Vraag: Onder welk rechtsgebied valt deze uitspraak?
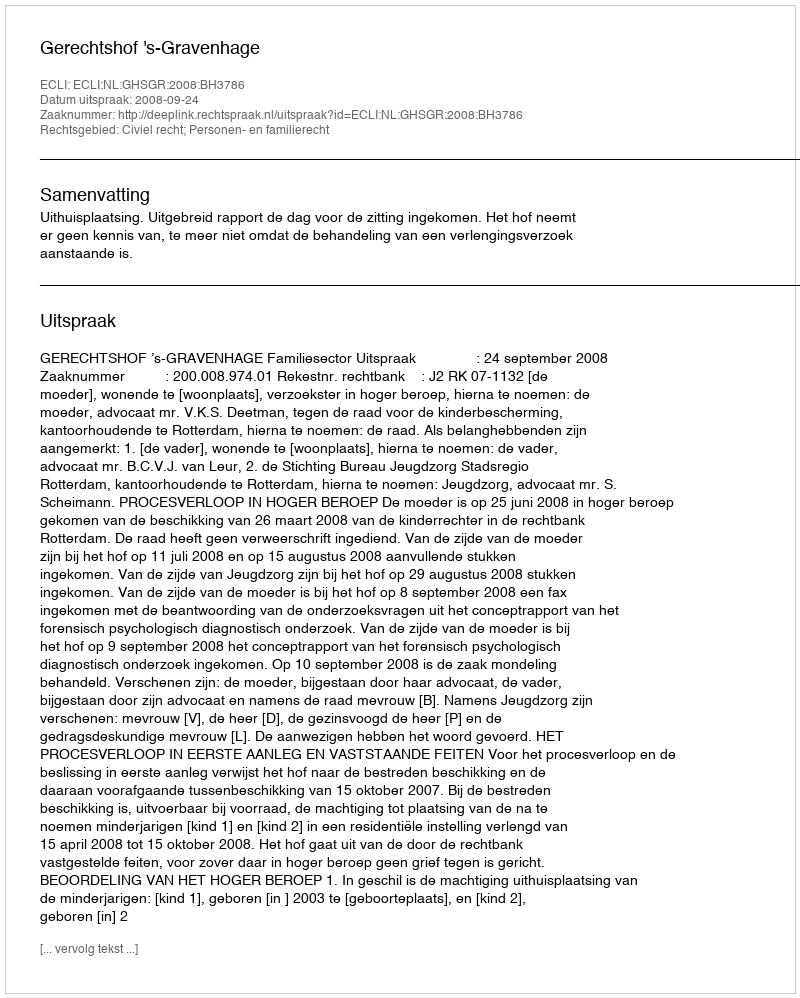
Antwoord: Civiel recht; Personen- en familierecht